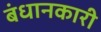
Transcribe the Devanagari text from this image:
बंधानकारी